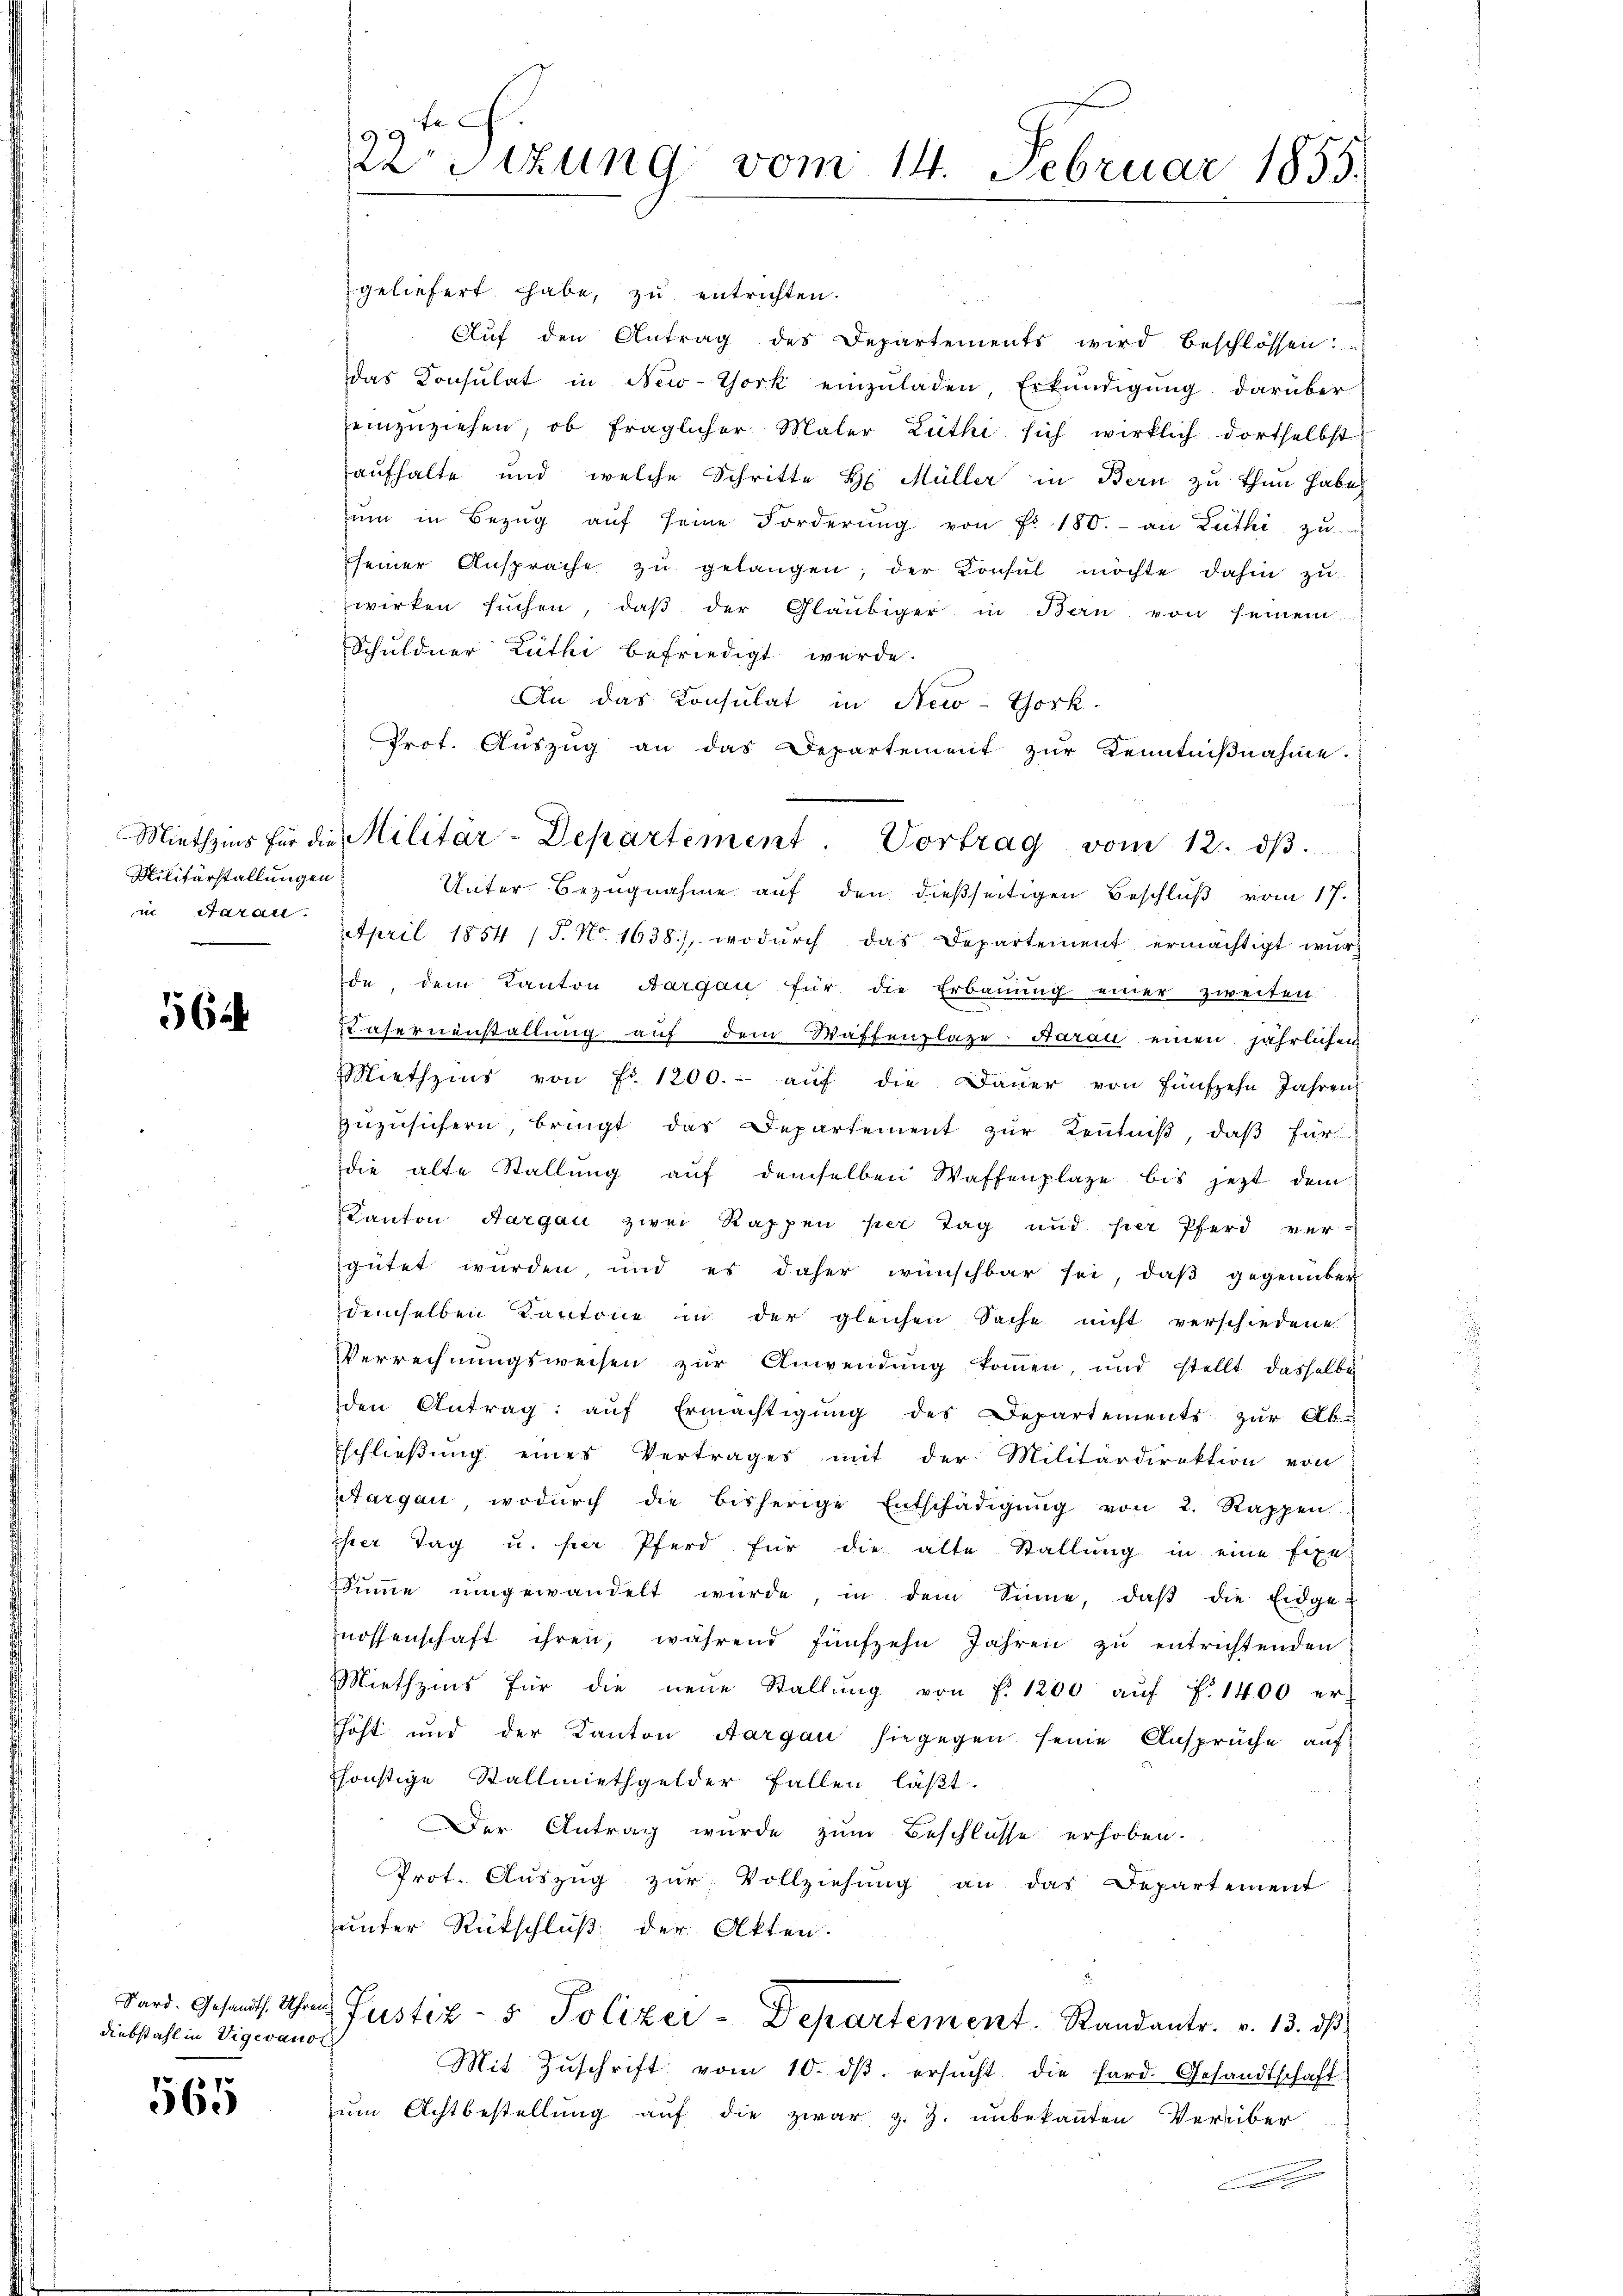
Militärstallungen

564

geliefert habe, zu entrichten.
d
Aŭf den Antrag des Departements wird beschlossen.
das Consulat in New-York einzŭladen Erkundigung darüber
einzuziehen, ob fraglicher Maler Luthi sich wirklich dortselbst
aufhalte und welche Schritte H. Müller in Bern zu thun habe
ŭm in Bezŭg aŭf seine Forderŭng von Fr. 180. an Zuthi zŭ
seiner Ansprache zŭ gelangen, der Konsŭl möchte dahin zŭ
wirken suchen, daß der Gläubiger in Bern von seinem
Schuldner Zuthi befriedigt wurde.
An das Consulat in New-York.
Prot. Auszug an das Departement zur Kenntniβnahme.
Unter Bezugnahme auf den dießseitigen Beschlŭβ vom 17.
in Garan. April 1854 / 5. No. 1638), wodŭrch das Departement ermächtigt wŭrd
de, dem Kanton Aargau für die Erbaŭŭng einer zweiten.
Casernenstallung auf dem Waffenplaze. Aarau einen jährlichen
Miethzins von Fr. 1200.- aŭf die Daŭer von fünfzehn Jahren
zuzusichern, bringt das Departement zur Kenntniß, daß für
die alte Stallung auf demselben Waffenplaze bis jetzt dem
Kanton Aargau zwei Rappen per Tag und per Pferd ver-
gütet wurden, und es daher wünschbar sei, daß gegenüber
demselben Kantone in der gleichen Sache nicht verschiedene
Verrechnungsweisen zur Anwendung kommen, und stellt dasselbe
den Antrag aŭf Ermächtigŭng des Departements zŭr Ab-
schlieβŭng eines Vertrages mit der Militärdirektion von
Aargau, wodŭrch die bisherige Entschädigŭng von 2. Rappen
Ihrer Tag u. hier Pferd für die alte Stallung in eine Fixe-
Sŭṁe ŭmgewandelt würde, in dem Sinne, daβ die Eidge-
znossenschaft ihren, während fünfzehn Jahren zu entrichtenden
Miethzins für die neue Stallŭng von f. 1200 aŭf f. 1400 er
höht und der Kanton Aargau hiegegen seine Ansprüche auf
sonstige Stallmiethgelder fallen läßt.
Der Antrag wurde zŭm Beschlüsse erhoben.
Prot. Auszug zur Vollziehung an das Departement
unter Rückschluß der Akten.
Sard. Gesandts. Uhren Justiz- & Polizer-Departement. Sandantr. v. 13. dβ.
Mit Zŭschrift vom 10. dβ. ersŭcht die fard. Gesandtschaft
ŭm Achtbestellung auf die zwar z. Z. unbekannten Verüber
Ce

Diebstahl in Vigevanot

565

22Sizung vom 14. Februar 1855.

Miethzins für die Militär-Departement. Vortrag vom 12. dβ.